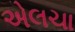
એલચા